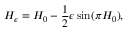
H _ { \epsilon } = H _ { 0 } - \frac { 1 } { 2 } \epsilon \sin ( \pi H _ { 0 } ) ,